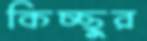
কিচ্ছুর